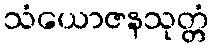
သံယောဇနသုတ္တံ